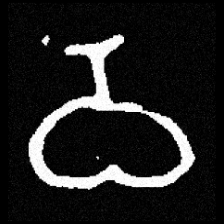
Pyu character \u2014 Myanmar letter: ဝ (romanized: wa)